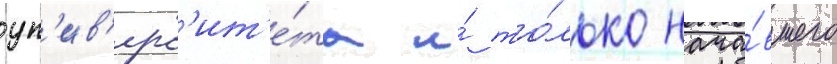
ун'ив'ерс'ит'е́та и́ то́лько нача́вшего